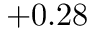
+ 0 . 2 8